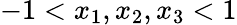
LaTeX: -1<x_{1},x_{2},x_{3}<1